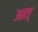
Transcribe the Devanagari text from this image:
आत्